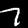
Label: 7